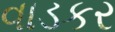
વાડકર